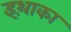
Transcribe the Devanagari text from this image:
इथ़ाका